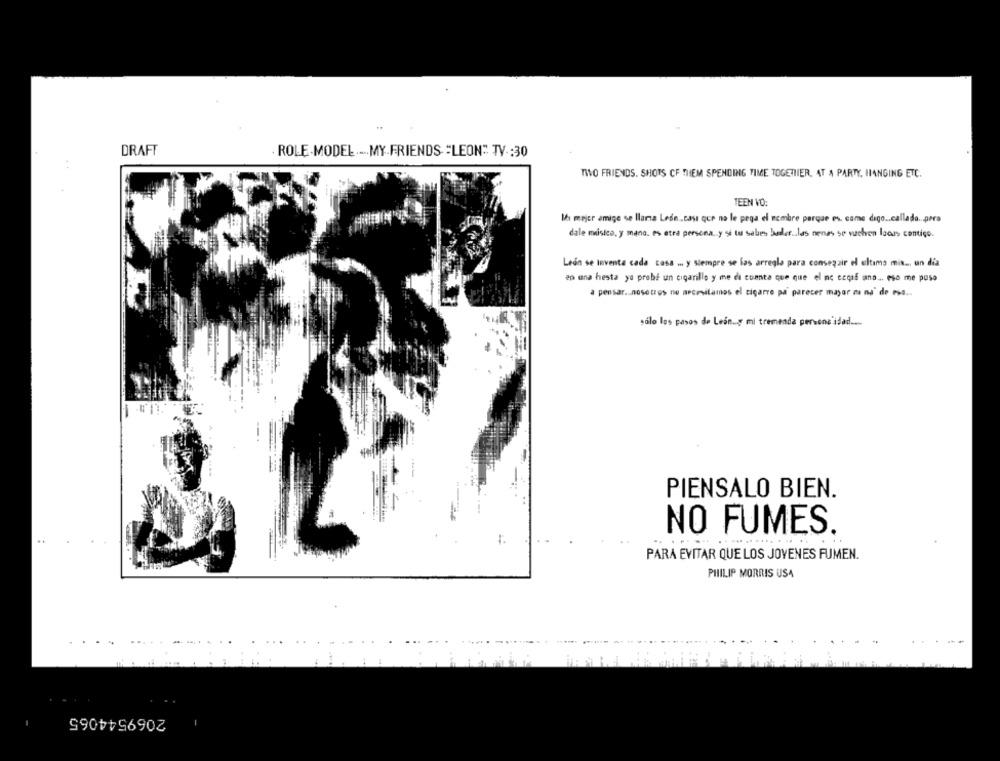
DRAFT
ROLE.MODEL .-. MY.FRIENDS "LEON"" TV .: 30
TWO FRIENDS. SHOTS CF THEM SPENDING TIME TOGETHER, AT A PARTY, HANGING ETC.
TEEN VO:
Mi mejor amigo se llama Lede.„casa que no le pega el nombre porque es. came digo .. callado ... pero
dale misica, y mano. es otra persona, y si tu sabes beder .. las nenes se vuelven laoss contigo.
León se Inventa cada cosa ... y siempre se las arregla para conseguir el ultimo mix ... un dia
ep una hesta yo probe un cigarillo y me di cuenta que que el no ccoaf ano ... eso me paso
a pensar .. nosotros ne necesitamos el cigarro pa parecer mayor na na de ese ...
sólo los pasos de León ... y mi tremenda persons idad ....
PIENSALO BIEN.
NO FUMES.
PARA EVITAR QUE LOS JOVENES FUMEN.
PHILIP MORRIS USA
2069544065